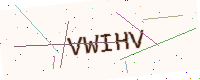
Text: VWIHV